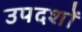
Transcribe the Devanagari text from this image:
उपदशों